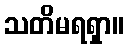
သတိမရရှာ။